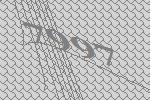
7997